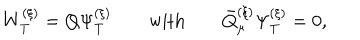
W _ { \mathrm { T } } ^ { ( \xi ) } = Q \Psi _ { \mathrm { T } } ^ { ( \xi ) } \qquad \mathrm { w i t h } \qquad \bar { Q } _ { \mu } ^ { ( \xi ) } \Psi _ { \mathrm { T } } ^ { ( \xi ) } = 0 ,